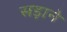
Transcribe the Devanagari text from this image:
सड़ाने